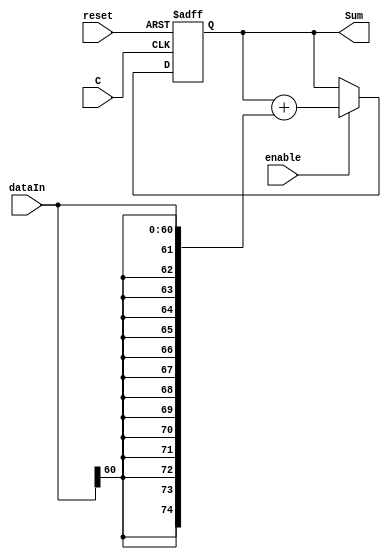
`timescale 1ns / 1ps
//////////////////////////////////////////////////////////////////////////////////
// Company: 
// Engineer: 
// 
// Design Name: 
// Module Name:    nBitGenericAccumulator 
// Project Name: 
// Target Devices: 
// Tool versions: 
// Description: 
//
// Dependencies: 
//
// Revision: 
// Revision 0.01 - File Created
// Additional Comments: 
//
//////////////////////////////////////////////////////////////////////////////////
(* USE_DSP48="YES" *)module GenericAccumulatorDSP48E(reset,C,enable,dataIn,Sum);

parameter inBitwidth=61;
parameter sumBitwidth=75;

input C;
input reset;
input enable;
input[inBitwidth-1:0] dataIn;
wire[sumBitwidth-1:0] signedInput;
output reg[sumBitwidth-1:0] Sum=0;

assign signedInput = {{sumBitwidth-inBitwidth{dataIn[inBitwidth-1]}},dataIn};

always@(posedge C,posedge reset)begin
	
	if(reset)begin
		Sum = 0;
	end
	else begin
		if(enable  == 1)
			Sum = Sum + signedInput;
		else
			Sum = Sum;
	end

end

endmodule